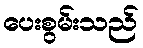
ပေးစွမ်းသည်